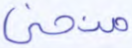
منحنى